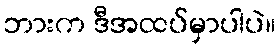
ဘားက ဒီအထပ်မှာပါပဲ။